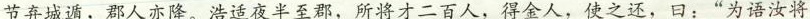
节弃城遁，郡人亦降。浩适夜半至郡，所将才二百人，得金人，使之还，曰：”为语汝将